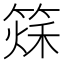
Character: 𥰂